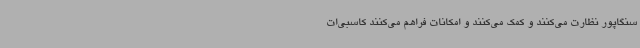
سنگاپور نظارت می‌کنند و کمک می‌کنند و امکانات فراهم می‌کنند کاسبی‌ات